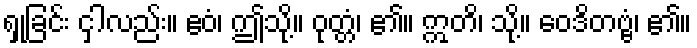
ရှုခြင်း ငှါလည်း။ ဧဝံ၊ ဤသို့။ ဝုတ္တံ၊ ၏။ ဣတိ၊ သို့။ ဝေဒိတဗ္ဗံ၊ ၏။